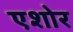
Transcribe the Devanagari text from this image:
एशोर